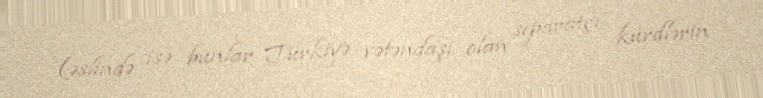
(əslində isə bunlar Türkiyə vətəndaşı olan separatçı kürdlərin